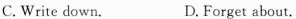
C. Write down. D. Forget about.